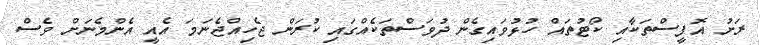
ރަށު އޮފީސްތަކާއި ކޯޓުތައް ހުޅުވައިގެން ދުވަސްތަކެއްގައި ކުރަން ޖެހިއްޖެނަމަ އެއީ އެންމެނަށް ވެސް